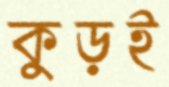
কুড়ই